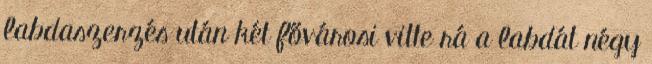
labdaszerzés után két fővárosi vitte rá a labdát négy